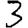
Digit: 3